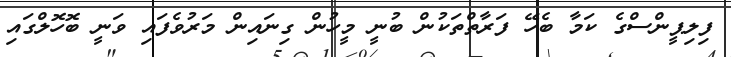
ފިލިޕީންސްގެ ކަމާ ބެހޭ ފަރާތްތަކުން ބުނީ މީހުން ގިނައިން މަރުވެފައި ވަނީ ބޮހޮލްގައި